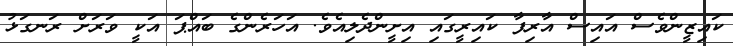
ކައިޒީންވެސް އައިސް އާރިފާ ކައިރީގައި އިށީންދެލިއެވެ. އަހަރެންގެ ބައްޕަ އަކީ ވަރަށް ރަނގަޅު